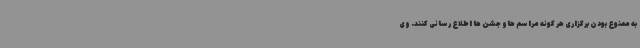
به ممنوع بودن برگزاری هر گونه مراسم هاو جشن ها اطلاع رسانی کنند. وی